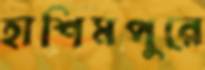
হাশিমপুরে